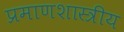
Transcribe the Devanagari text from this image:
प्रमाणशास्त्रीय